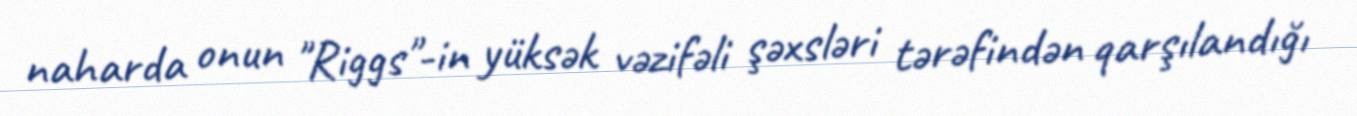
naharda onun "Riggs"-in yüksək vəzifəli şəxsləri tərəfindən qarşılandığı